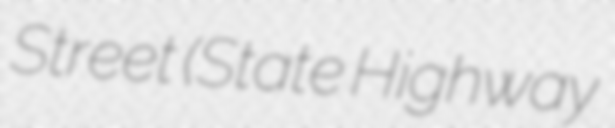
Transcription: Street (State Highway